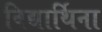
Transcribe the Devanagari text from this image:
विद्यार्थिना